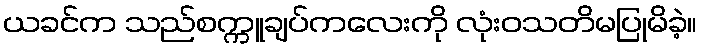
ယခင်က သည်စက္ကူချပ်ကလေးကို လုံးဝသတိမပြုမိခဲ့။